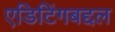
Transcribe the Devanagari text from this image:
एडिटिंगबद्दल